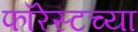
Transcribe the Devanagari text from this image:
फॉरेस्टच्या